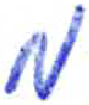
אות: מ